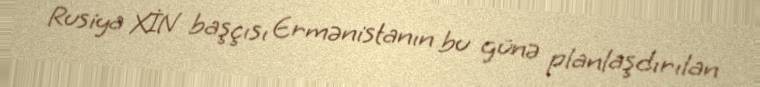
Rusiya XİN başçısı Ermənistanın bu günə planlaşdırılan